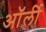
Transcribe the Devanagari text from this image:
ऑर्ली